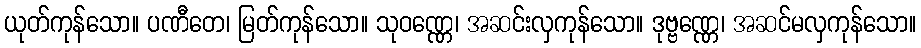
ယုတ်ကုန်သော။ ပဏီတေ၊ မြတ်ကုန်သော။ သုဝဏ္ဏေ၊ အဆင်းလှကုန်သော။ ဒုဗ္ဗဏ္ဏေ၊ အဆင်မလှကုန်သော။